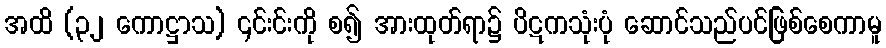
အထိ (၃၂ ကောဋ္ဌာသ) ၎င်းင်းကို စ၍ အားထုတ်ရာ၌ ပိဋကသုံးပုံ ဆောင်သည်ပင်ဖြစ်စေကာမူ